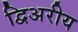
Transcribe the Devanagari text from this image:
द्विअरीय